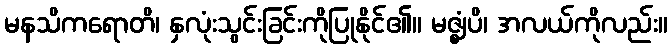
မနသိကရောတိ၊ နှလုံးသွင်းခြင်းကိုပြုနိုင်၏။ မဇ္ဈံပိ၊ အလယ်ကိုလည်း။